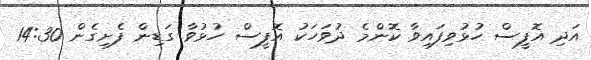
އަދި އޮފީސް ހުޅުވިފައިވާ ކޮންމެ ދުވަހަކު އޮފީސް ހުޅުވާ ގަޑިން ފެށިގެން 14:30